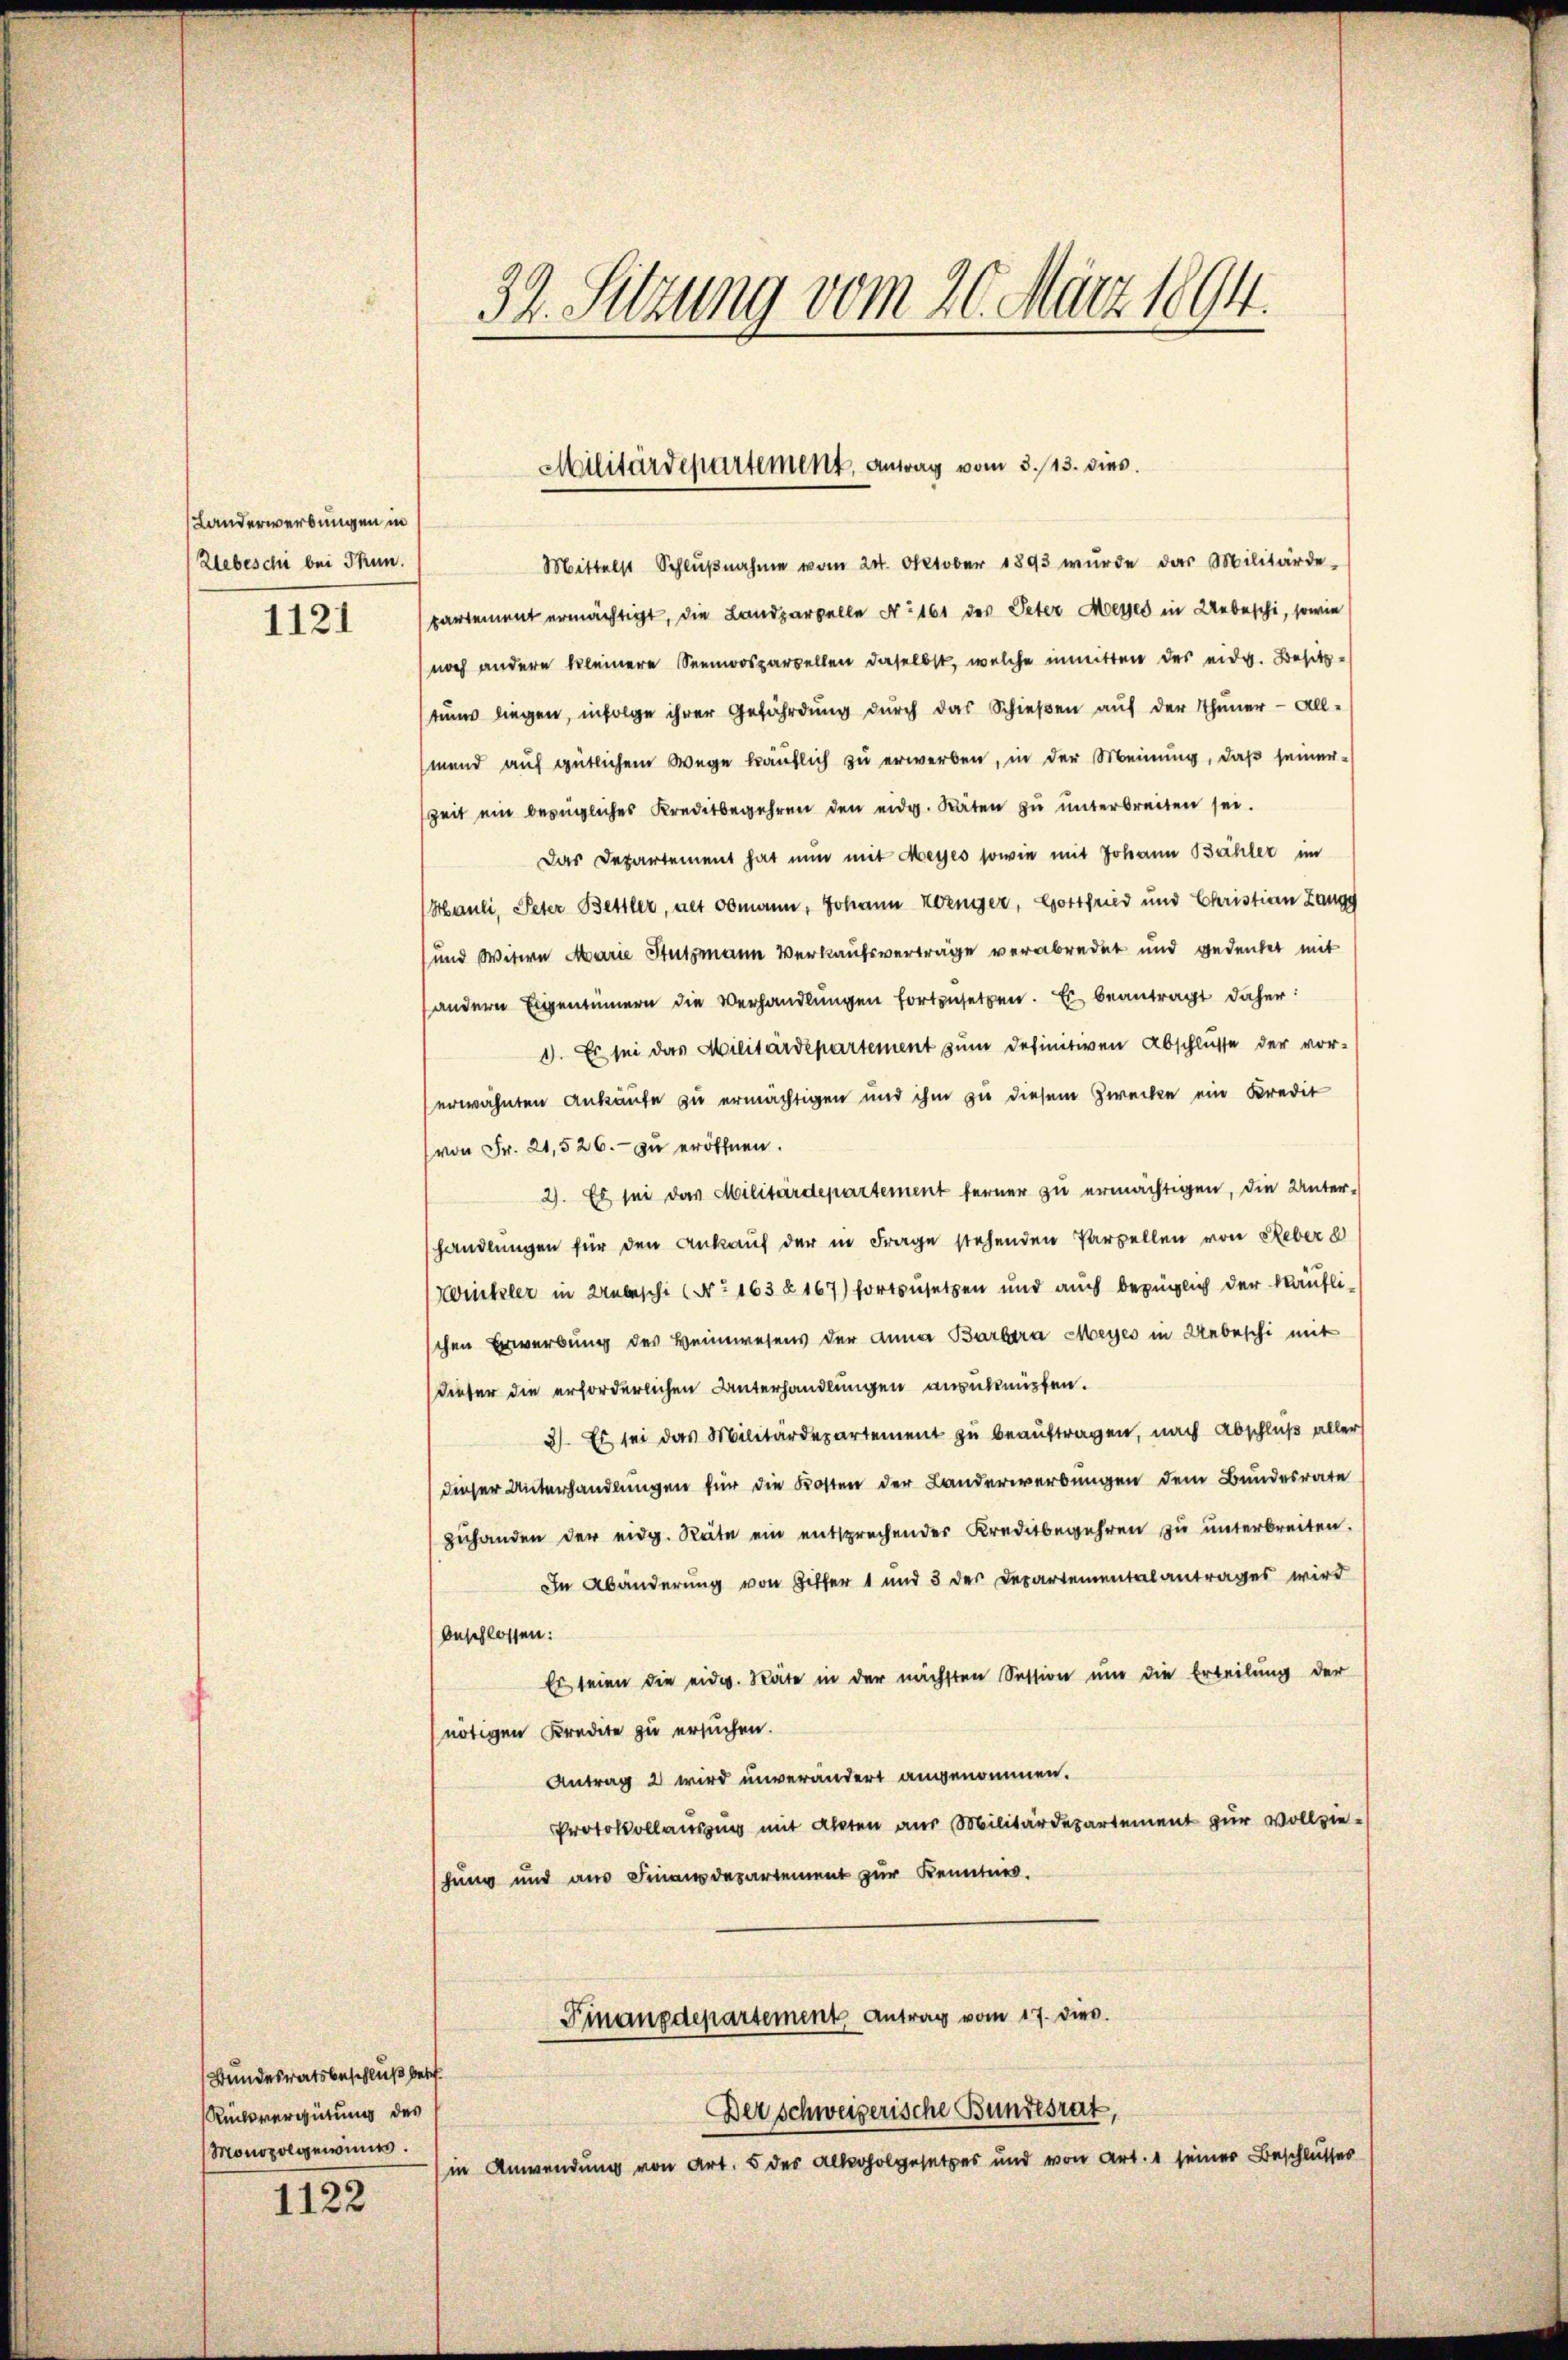
Landerwerbungen in
Zebeschi bei Thun.
1121

Bundesratsbeschluß betr
Rücksvergütung des
Monopol gewinne.

1122

32. Sitzung vom 20. März 1894.

Militärdepartement, Antrag vom 5./13. dies.

Mittelst Schlŭβnahme vom 24. Oktober 1893 wurde das Militärde-
partement ermächtigt, die Landparzelle No 161 des Peter Messes in Uebeschi, sowie
noch andere kleinere Seemoosparzellen daselbst, welche inmitten des eidg. Besitz-
tums liegen, infolge ihrer Gefährdung durch das Schießen auf der Thuner - All-
mend auf gütlichem Wege käuflich zu erwerben, in der Meinung, daß seiner
Zeit ein bezügliches Kreditbegehren den eidg. Räten zŭ ŭnterbreiten sei.
Das Departement hat nun mit Meyes sowie mit Johann Bähler im
Hauli, Peter Bettler, alt Obmann, Johann Korniger, Gottfried und Christian Zangg
und Witwe Marie Stutzmann Verkaufsverträge verabredet und gedenket mit
andern Eigentümern die Verhandlungen fortzusetzen. Es beantragt daher:
1. Es sei das Militärdepartement zum definitiven Abschlüsse der vor-
erwähnten Ankäufe zu ermächtigen und ihm zu diesem Zwecke ein Kredit
von Fr. 21,526.- zŭ eröffnen.
2). Es sei das Militärdepartement ferner zu ermächtigen, die Unter-
handlungen für den Ankauf der in Frage stehenden Parzellen von Reber d
Zrickler in Zubeschi (N° 163 § 167) fortzusetzen und auch bezüglich der käufli-
chen Erwerbung des Heimwesens der Anna Barbara Meyes in Uebeschi mit
Dieser die erforderlichen Unterhandlungen anzuknüpfen.
3). Es sei das Militärdepartement zu beauftragen, nach Abschluß aller
dieser Unterhandlungen für die Kosten der Landerwerbungen dem Bundesrate
zuhanden der eidg. Räte ein entsprechender Kreditbegehren zu unterbreiten.
In Abänderung von Gitter 1 und 3 des Departementalantrages wird
beschlossen:
Es seien die eidg. Räte in der nächsten Session um die Erteilung der
nötigen Kredite zu ersuchen.
Antrag 2 wird unverändert angenommen.
Protokollausung mit Akten aus Militärdepartement zur Vollziehung und aus Finanzdepartement zur Kenntnis.
Finanzdepartement Antrag vom 17. dies
Der schweizerische Bundesrat,
in Anwendung von Art. 5 des Alkoholgesetzes und von Art. 1 seiner Beschlusses